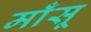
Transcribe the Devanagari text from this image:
माँसू